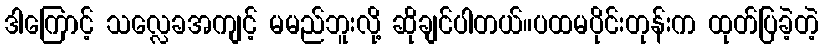
ဒါကြောင့် သလ္လေခအကျင့် မမည်ဘူးလို့ ဆိုချင်ပါတယ်။ပထမပိုင်းတုန်းက ထုတ်ပြခဲ့တဲ့